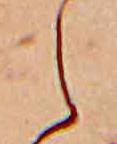
え